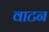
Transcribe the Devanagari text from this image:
वाटन